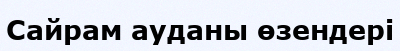
Сайрам ауданы өзендері